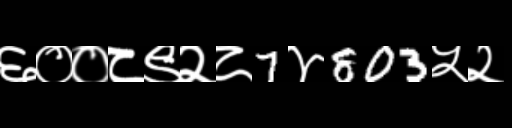
Text: ६००८९२८7४803५२